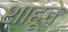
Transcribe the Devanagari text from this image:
शाहूचे